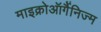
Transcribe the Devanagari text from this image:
माइक्रोऑर्गैनिज्म